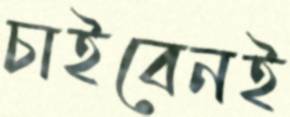
চাইবেনই